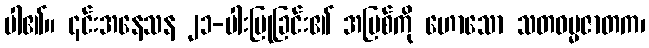
ပါ၏။ ၎င်းအနေသန ၂၁-ပါးပြုခြင်း၏ အပြစ်ကို ဟောသော သတဓမ္မဇာတက၊